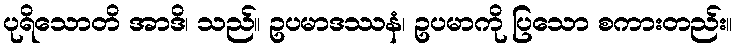
ပုရိသောတိ အာဒိ၊ သည်။ ဥပမာဒဿနံ၊ ဥပမာကို ပြသော စကားတည်း။